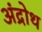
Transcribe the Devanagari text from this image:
अंद्रोथ